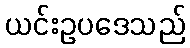
ယင်းဥပဒေသည်